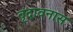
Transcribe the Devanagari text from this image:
वृंदावनास